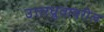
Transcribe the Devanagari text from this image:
उत्तरध्रुवावरील